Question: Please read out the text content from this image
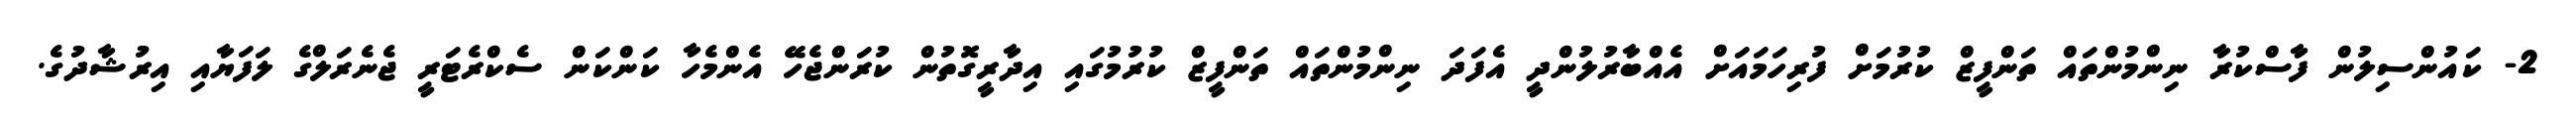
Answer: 2- ކައުންސިލުން ފާސްކުރާ ނިންމުންތައް ތަންފީޒް ކުރުމަށް ފުރިހަމައަށް އެއްބާރުލުންދީ އެފަދަ ނިންމުންތައް ތަންފީޒް ކުރުމުގައި އިދާރީގޮތުން ކުރަންޖެހޭ އެންމެހާ ކަންކަން ސެކްރެޓަރީ ޖެނެރަލްގެ ލަފަޔާއި އިރުޝާދުގެ.